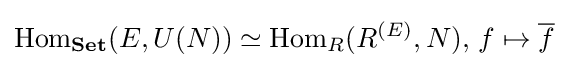
\operatorname {Hom} _{\textbf {Set}}(E,U(N))\simeq \operatorname {Hom} _{R}(R^{(E)},N),\,f\mapsto {\overline {f}}